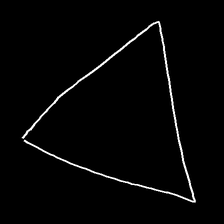
Glyph: convergence